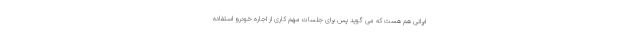
ایرانی هم هست که می گوید پس برای جلسات مهم کاری از اجاره خودرو استفاده